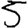
Digit: 5